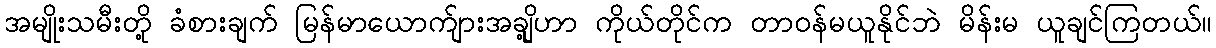
အမျိုးသမီးတို့ ခံစားချက် မြန်မာယောက်ျားအချို့ဟာ ကိုယ်တိုင်က တာဝန်မယူနိုင်ဘဲ မိန်းမ ယူချင်ကြတယ်။